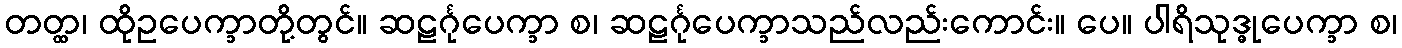
တတ္ထ၊ ထိုဥပေက္ခာတို့တွင်။ ဆဠင်္ဂုပေက္ခာ စ၊ ဆဠင်္ဂုပေက္ခာသည်လည်းကောင်း။ ပေ။ ပါရိသုဒ္ဓုပေက္ခာ စ၊